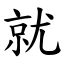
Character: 就